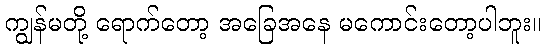
ကျွန်မတို့ ရောက်တော့ အခြေအနေ မကောင်းတော့ပါဘူး။